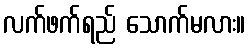
လက်ဖက်ရည် သောက်မလား။